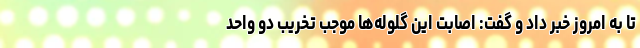
تا به امروز خبر داد و گفت: اصابت این گلوله‌ها موجب تخریب دو واحد